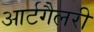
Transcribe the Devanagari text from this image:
आर्टगैलरी